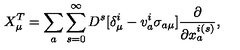
X _ { \mu } ^ { T } = \sum _ { a } \sum _ { s = 0 } ^ { \infty } D ^ { s } [ \delta _ { \mu } ^ { i } - v _ { a } ^ { i } \sigma _ { a \mu } ] \frac { \partial } { \partial x _ { a } ^ { i ( s ) } } ,